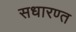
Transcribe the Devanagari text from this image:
सधारण्त